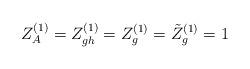
LaTeX: \begin{align*}Z_A^{(1)} = Z_{gh}^{(1)} = Z_g^{(1)} = \tilde{Z}_g^{(1)} = 1\end{align*}